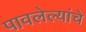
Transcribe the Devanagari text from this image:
पावलेल्यांचे